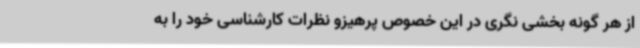
از هر گونه بخشی نگری در این خصوص پرهیزو نظرات کارشناسی خود را به